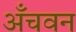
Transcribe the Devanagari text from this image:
अँचवन